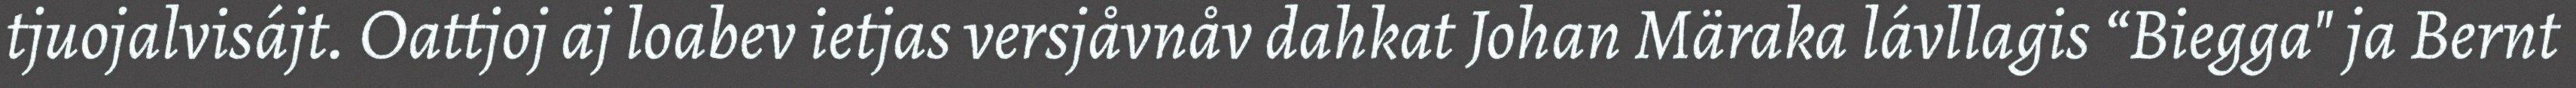
tjuojalvisájt. Oattjoj aj loabev ietjas versjåvnåv dahkat Johan Märaka lávllagis “Biegga" ja Bernt